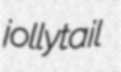
jollytail